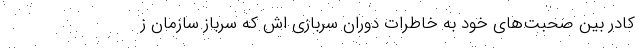
کادر بین صحبت‌های خود به خاطرات دوران سربازی اش که سرباز سازمان ز